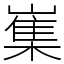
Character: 㠍